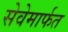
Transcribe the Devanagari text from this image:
सेवेमार्फत